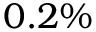
0 . 2 \%